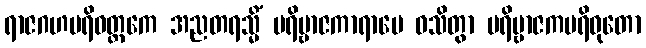
ရာဇဂဟပရိဝတ္တကေ အညတရသ္မိံ ပရိဗ္ဗာဇကာရာမေ ဝသိတွာ ပရိဗ္ဗာဇကပရိဝုတော